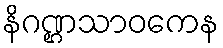
နိဂဏ္ဌသာဝကေန